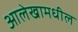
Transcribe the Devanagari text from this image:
आलेखामधील